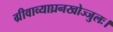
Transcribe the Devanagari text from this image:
ग्रीवाव्याघ्रनखोज्जुलः।